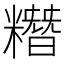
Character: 糣